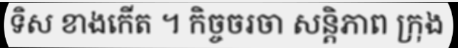
ទិស ខាងកើត ។ កិច្ចចរចា សន្តិភាព ក្រុង